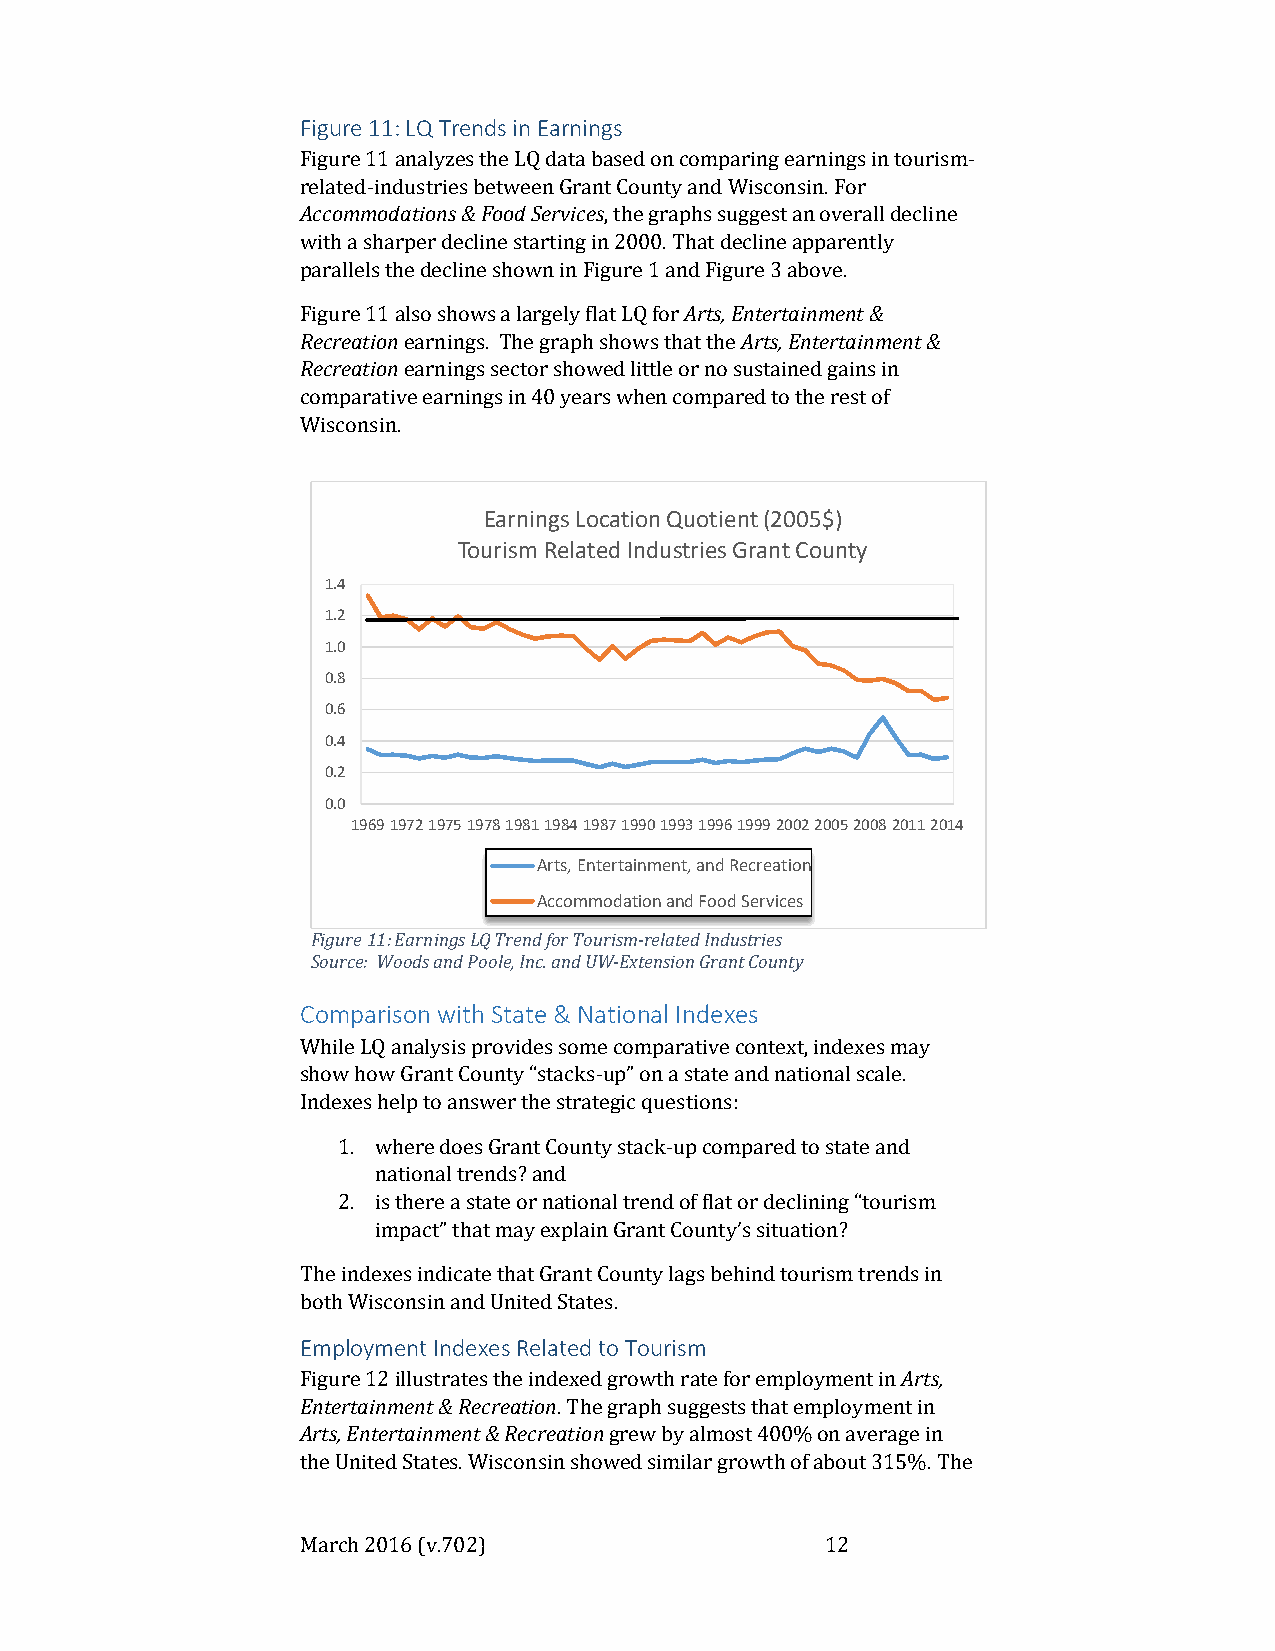
Figure 11: LQ Trends in Earnings
 Figure 11 analyzes the LQ data based on comparing earnings in tourism-
 related-industries between Grant County and Wisconsin. For
 Accommodations & Food Services, the graphs suggest an overall decline
 with a sharper decline starting in 2000. That decline apparently
 parallels the decline shown in Figure 1 and Figure 3 above.
 Figure 11 also shows a largely flat LQ for Arts, Entertainment &
 Recreation earnings. The graph shows that the Arts, Entertainment &
 Recreation earnings sector showed little or no sustained gains in
 comparative earnings in 40 years when compared to the rest of
 Wisconsin.
 Earnings Location Quotient (2005$)
 Tourism Related Industries Grant County
 1.4
 1.2
 1.0
 0.8
 0.6
 0.4
 0.2
 0.0
 1969197219751978198119841987199019931996199920022005200820112014
 Arts, Entertainment, and Recreation
 Accommodation and Food Services
 Figure 11: Earnings LQ Trend for Tourism-related Industries
 Source: Woods and Poole, Inc. and UW-Extension Grant County
 Comparison with State & National Indexes
 While LQ analysis provides some comparative context, indexes may
 show how Grant County “stacks-up” on a state and national scale.
 Indexes help to answer the strategic questions:
 1. where does Grant County stack-up compared to state and
 national trends? and
 2. is there a state or national trend of flat or declining “tourism
 impact” that may explain Grant County’s situation?
 The indexes indicate that Grant County lags behind tourism trends in
 both Wisconsin and United States.
 Employment Indexes Related to Tourism
 Figure 12 illustrates the indexed growth rate for employment in Arts,
 Entertainment & Recreation. The graph suggests that employment in
 Arts, Entertainment & Recreation grew by almost 400% on average in
 the United States. Wisconsin showed similar growth of about 315%. The
 March 2016 (v.702)                 12